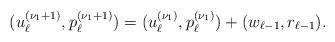
LaTeX: \begin{align*} (u_\ell^{(\nu_1+1)},p_\ell^{(\nu_1+1)}) = (u_\ell^{(\nu_1)},p_\ell^{(\nu_1)}) + (w_{\ell-1},r_{\ell-1}).\end{align*}